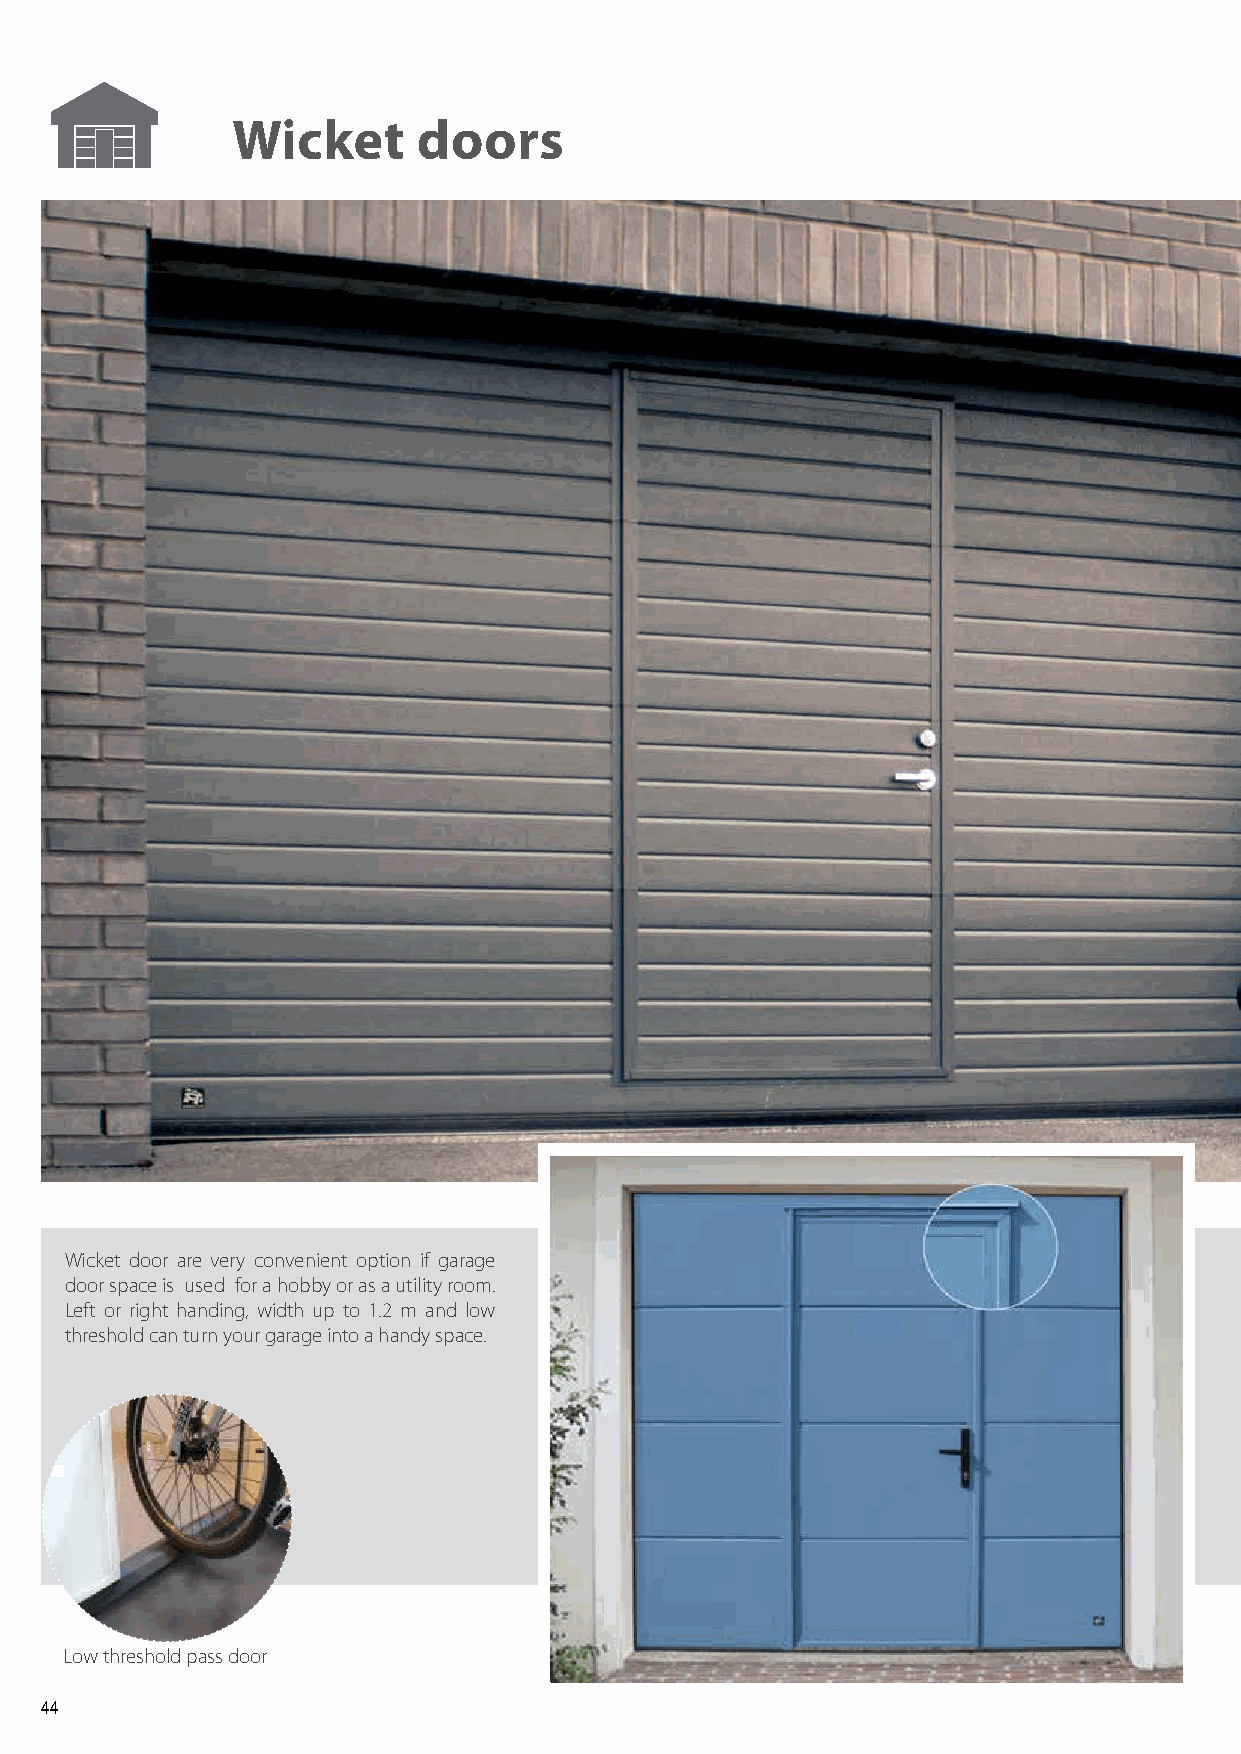
Wicket       doors
 Wicket door are very convenient option if garage
 door space is used for a hobby or as a utility room.
 Left or right handing, width up to 1.2 m and low
 threshold can turn your garage into a handy space.
 Low threshold pass door
 44